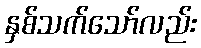
နှစ်သက်သော်လည်း